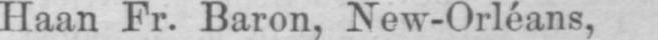
Haan Fr. Baron, New-Orléans,